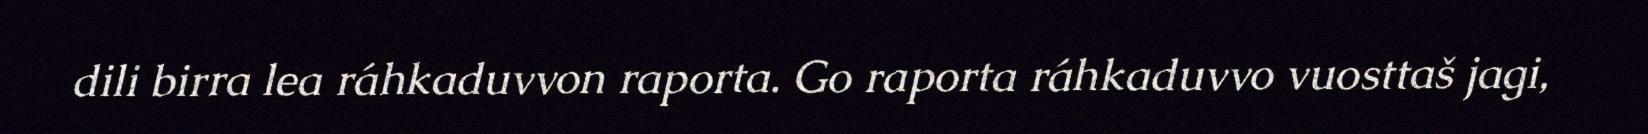
dili birra lea ráhkaduvvon raporta. Go raporta ráhkaduvvo vuosttaš jagi,